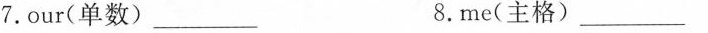
7.our(单数)___8.me(主格)___